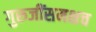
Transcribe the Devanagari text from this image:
गुरुजींसमक्षच